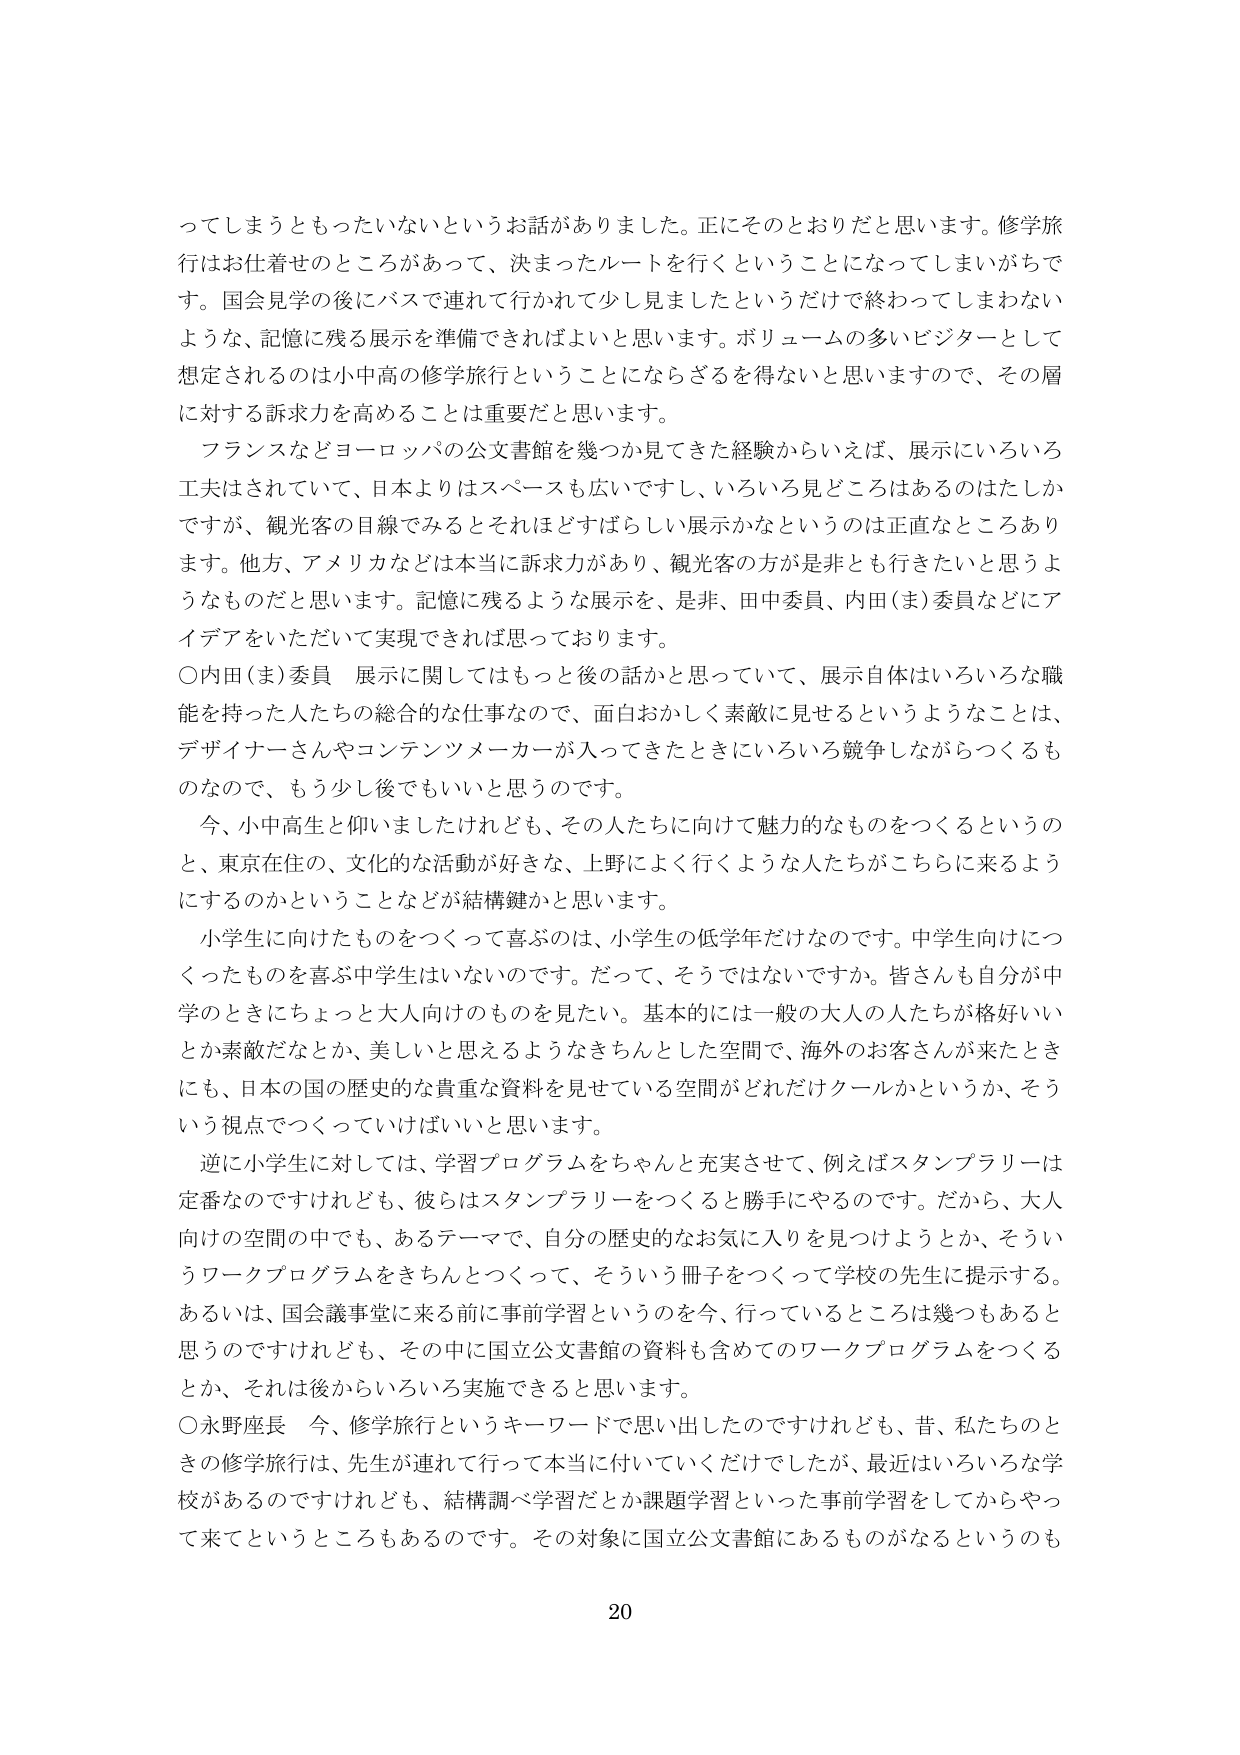
ってしまうともったいないというお話がありました。正にそのとおりだと思います。修学旅行はお仕着せのところがあって、決まったルートを行くということになってしまいがちです。国会見学の後にバスで連れて行かれて少し見ましたというだけで終わってしまわないような、記憶に残る展示を準備できればよいと思います。ボリュームの多いビジターとして想定されるのは小中高の修学旅行ということにならざるを得ないと思いますので、その層に対する訴求力を高めることは重要だと思います。

フランスなどヨーロッパの公文書館を幾つか見てきた経験からいえば、展示にいろいろ工夫はされていて、日本よりはスペースも広いですし、いろいろ見どころはあるのはたしかですが、観光客の目線でみるとそれほどすばらしい展示かなというのは正直なところあります。他方、アメリカなどは本当に訴求力があり、観光客の方が是非とも行きたいと思うようなものだと思います。記憶に残るような展示を、是非、田中委員、内田（ま）委員などにアイデアをいただいて実現できればと思っております。

○内田（ま）委員　展示に関してはもっと後の話かと思っていて、展示自体はいろいろな職能を持った人たちの総合的な仕事なので、面白おかしく素敵に見せるというようなことは、デザイナーさんやコンテンツメーカーが入ってきたときにいろいろ競争しながらつくるものなので、もう少し後でもいいと思うのです。

今、小中高生と仰いましたけれども、その人たちに向けて魅力的なものをつくるというのと、東京在住の、文化的な活動が好きな、上野によく行くような人たちがこちらに来るようにするのかということなどが結構鍵だと思います。

小学生に向けたものをつくって喜ぶのは、小学生の低学年だけなのです。中学生向けにつくったものを喜ぶ中学生はいないのです。だって、そうではないですか。皆さんも自分が中学のときにちょっと大人向けのものを見たい。基本的には一般の大人の人たちが格好いいとか素敵だなとか、美しいと思えるようなきちんとした空間で、海外のお客さんが来たときにも、日本の国の歴史的な貴重な資料を見せていている空間がどれだけクールかというか、そういう視点でつくっていけばいいと思います。

逆に小学生に対しては、学習プログラムをちゃんと充実させて、例えばスタンプラリーは定番なのですがけれども、彼らはスタンプラリーをつくると勝手にやるのです。だから、大人向けの空間の中でも、あるテーマで、自分の歴史的なお気に入りを見つけようとか、そういうワークプログラムをきちんとつくって、そういう冊子をつくって学校の先生に提示する。あるいは、国会議事堂に来る前に事前学習というのを今、行っているところは幾つもあると思うのですけれども、その中に国立公文書館の資料も含めてのワークプログラムをつくるとか、それは後からいろいろ実施できると思います。

○永野座長　今、修学旅行というキーワードで思い出したのですけれども、昔、私たちのときの修学旅行は、先生が連れ行って本当に付いていくだけでしたが、最近はいろいろな学校があるのですけれども、結構調べ学習だとか課題学習といった事前学習をしてからやって来てというところもあるのです。その対象に国立公文書館にあるものがなるというのも

20